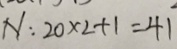
N : 2 0 \times 2 + 1 = 4 1